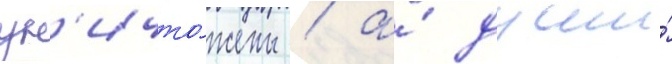
ун'ичто́жены / а́ души́